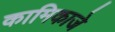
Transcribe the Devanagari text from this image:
कामिकाजे